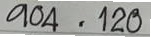
904 = 120